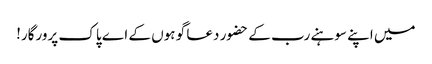
میں اپنے سوہنے رب کے حضور دعا گو ہوں کے اے پاک پرورگار!